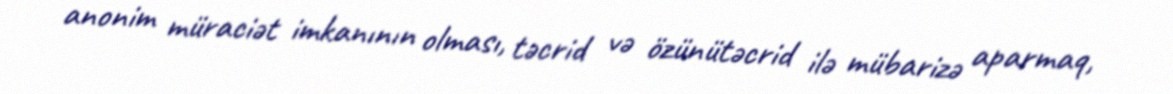
anonim müraciət imkanının olması, təcrid və özünütəcrid ilə mübarizə aparmaq,